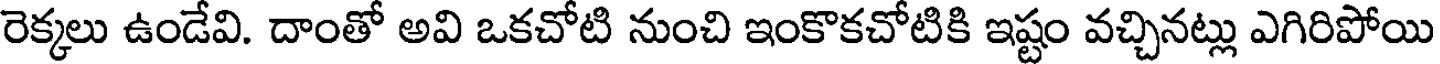
రెక్కలు ఉండేవి. దాంతో అవి ఒకచోటి నుంచి ఇంకొకచోటికి ఇష్టం వచ్చినట్లు ఎగిరిపోయి